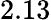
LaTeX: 2.13